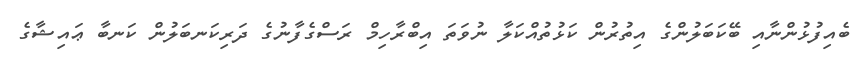
ބެއިފުޅުންނާއި ބޭކަބަލުންގެ އިތުރުން ކަޅުތުއްކަލާ ނުވަތަ އިބްރާހިމް ރަސްގެފާނުގެ ދަރިކަނބަލުން ކަނބާ ޢައިޝާގެ